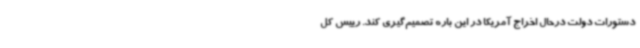
دستورات دولت درحال اخراج آمریکا در این باره تصمیم‌گیری کند. رییس کل